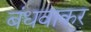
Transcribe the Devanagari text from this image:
बंधवाकर